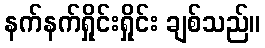
နက်နက်ရှိုင်းရှိုင်း ချစ်သည်။